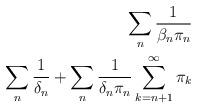
LaTeX: \begin{align*}\sum_n{\frac{1}{\beta_n\pi_n}}\\\sum_n{\frac{1}{\delta_n}} + \sum_n{\frac{1}{\delta_n\pi_n}\sum_{k=n+1}^{\infty}{\pi_k}}\end{align*}